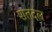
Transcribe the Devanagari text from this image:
शतदल